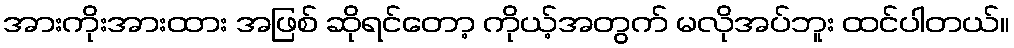
အားကိုးအားထား အဖြစ် ဆိုရင်တော့ ကိုယ့်အတွက် မလိုအပ်ဘူး ထင်ပါတယ်။